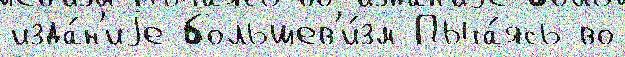
изда́н'иjе большев'и́зм Пыта́ясь во